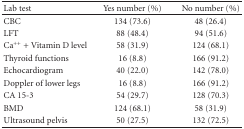
| Lab test | Yes number (%) | No number (%) |
 | --- | --- | --- |
 | CBC | 134 (73.6) | 48 (26.4) |
 | LFT | 88 (48.4) | 94 (51.6) |
 | Ca++ + Vitamin D level | 58 (31.9) | 124 (68.1) |
 | Thyroid functions | 16 (8.8) | 166 (91.2) |
 | Echocardiogram | 40 (22.0) | 142 (78.0) |
 | Doppler of lower legs | 16 (8.8) | 166 (91.2) |
 | CA 15-3 | 54 (29.7) | 128 (70.3) |
 | BMD | 124 (68.1) | 58 (31.9) |
 | Ultrasound pelvis | 50 (27.5) | 132 (72.5) |